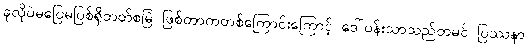
ခုလိုပဲမပြေမပြစ်ရှိတတ်စမြဲ ဖြစ်တာကတစ်ကြောင်းကြောင့် ဒေါ်ပန်းသာသည်တမင် ပြဿနာ